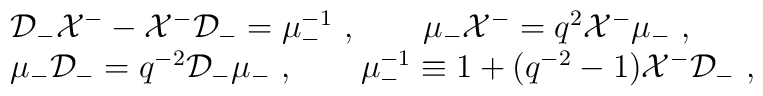
\begin{array}{l}{\cal D}_-{\cal X}^--{\cal X}^-{\cal D}_-=\mu_-^{-1}~,~~~~~~\mu_- {\cal X}^-=q^2{\cal X}^-\mu_-~,\\\mu_-{\cal D}_-=q^{-2}{\cal D}_-\mu_-~,~~~~~~\mu_-^{-1}\equiv1+(q^{-2}-1){\cal X}^-{\cal D}_-~,\end{array}